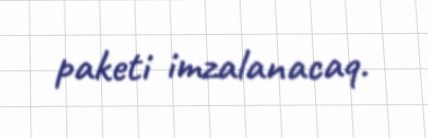
paketi imzalanacaq.